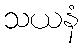
သယနံ